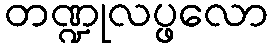
တဏ္ဍုလပ္ဖလော